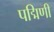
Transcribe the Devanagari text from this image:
पद्मिणी